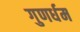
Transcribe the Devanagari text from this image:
गुणर्धम